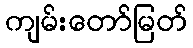
ကျမ်းတော်မြတ်